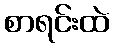
စာရင်းထဲ